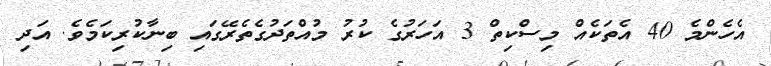
އެހެންމެ 40 އެތަކެއް މިސްކިތް 3 އަހަރުގެ ކުރު މުއްތަދުގެތެރޭގައި ބިނާކުރިކަމެވެ. އަދި